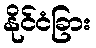
နိုင်ငံခြား